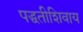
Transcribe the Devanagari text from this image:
पद्धतीशिवाय